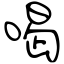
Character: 喝